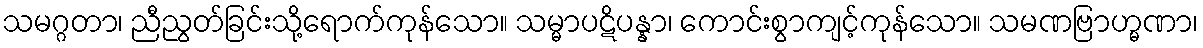
သမဂ္ဂတာ၊ ညီညွတ်ခြင်းသို့ရောက်ကုန်သော။ သမ္မာပဋိပန္နာ၊ ကောင်းစွာကျင့်ကုန်သော။ သမဏဗြာဟ္မဏာ၊